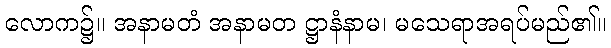
လောက၌။ အနာမတံ အနာမတ ဋ္ဌာနံနာမ၊ မသေရာအရပ်မည်၏။